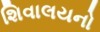
શિવાલયનો